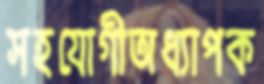
সহযোগীঅধ্যাপক